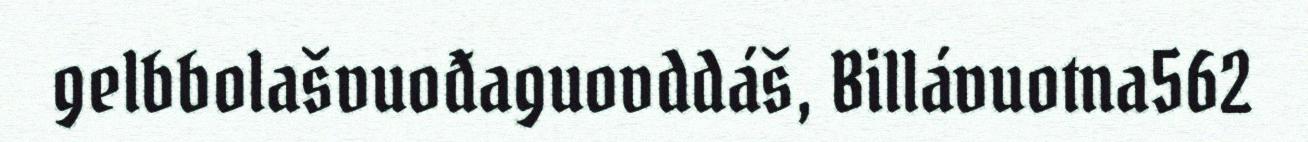
gelbbolašvuođaguovddáš, Billávuotna562